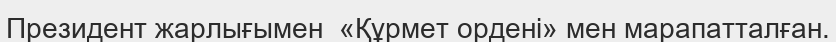
Президент жарлығымен  «Құрмет ордені» мен марапатталған.